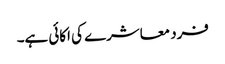
فرد معاشرے کی اکائی ہے۔